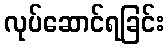
လုပ်ဆောင်ရခြင်း